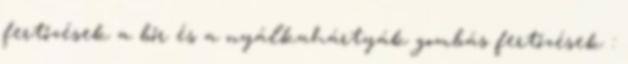
fertőzések a bőr és a nyálkahártyák gombás fertőzések :